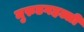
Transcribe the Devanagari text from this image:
मुरुडगहल्ली